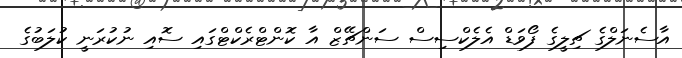
އާސެނަލްގެ ޗިލީގެ ފޯވަޑް އެލެކްސިސް ސަންޗޭޒް އާ ކޮންޓްރެކްޓްގައި ސޮއި ނުކުރަނީ ކުލަބުގެ